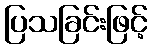
ပြသခြင်းဖြင့်